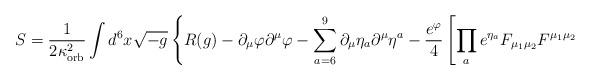
LaTeX: \begin{align*}S= \frac{1}{2 \kappa_{\rm orb}^2} \int d^6 x\sqrt{-g} \left\{{R}(g) -\partial_\mu\varphi\partial^\mu\varphi -\sum_{a=6}^9\partial_\mu {\eta_{a}}\partial^\mu {\eta^{a}} -\frac{e^{\varphi}}{4}\left[ \prod_a e^{\eta_a}{F}_{\mu_1\mu_2}{F}^{\mu_1\mu_{2}} \right. \right.\end{align*}